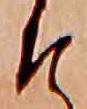
そ